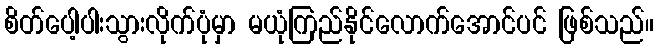
စိတ်ပေါ့ပါးသွားလိုက်ပုံမှာ မယုံကြည်နိုင်လောက်အောင်ပင် ဖြစ်သည်။